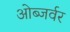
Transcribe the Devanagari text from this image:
ओब्जर्वर